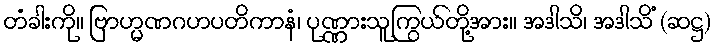
တံခါးကို။ ဗြာဟ္မဏဂဟပတိကာနံ၊ ပုဏ္ဏားသူကြွယ်တို့အား။ အဒါသိ၊ အဒါသိံ (ဆဋ္ဌ)